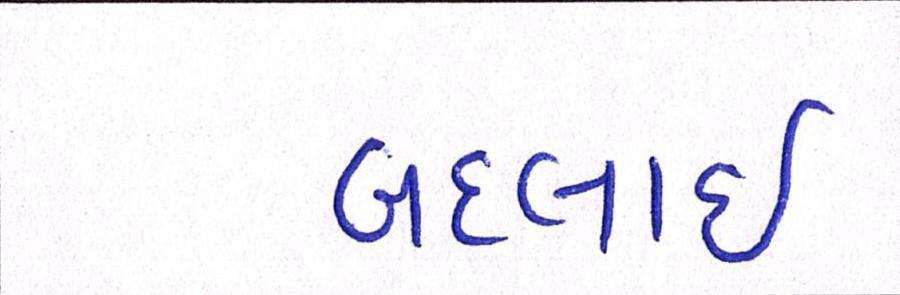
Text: બદલાઈ